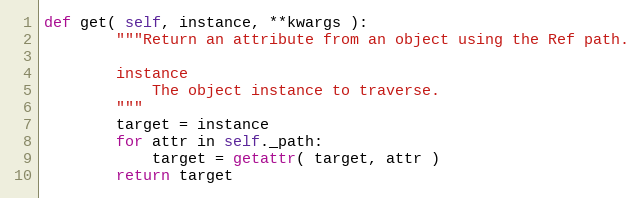
Language: Python
def get( self, instance, **kwargs ):
        """Return an attribute from an object using the Ref path.

        instance
            The object instance to traverse.
        """
        target = instance
        for attr in self._path:
            target = getattr( target, attr )
        return target